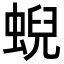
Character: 蜺